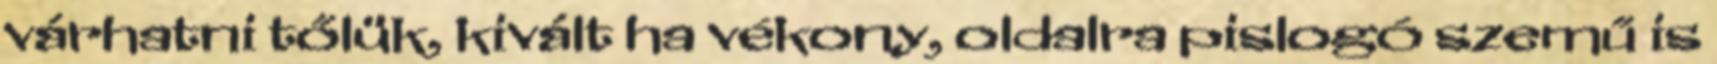
várhatni tőlük, kivált ha vékony, oldalra pislogó szemű is